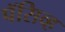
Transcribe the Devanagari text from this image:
पॅसिव्ह